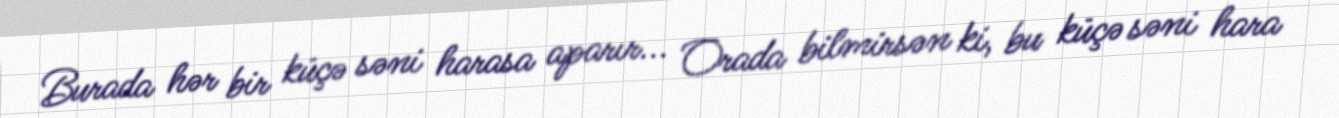
Burada hər bir küçə səni harasa aparır... Orada bilmirsən ki, bu küçə səni hara